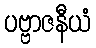
ပဗ္ဗာဇနီယံ